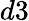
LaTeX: d3